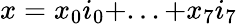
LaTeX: x=x_{0}i_{0}+...+x_{7}i_{7}